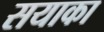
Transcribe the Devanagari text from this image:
सयाका